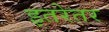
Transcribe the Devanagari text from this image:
इतरेतर